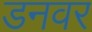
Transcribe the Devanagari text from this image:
डनवर